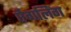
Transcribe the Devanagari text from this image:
ऐंगलिंग